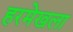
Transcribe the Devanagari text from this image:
हरमेखला